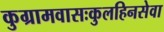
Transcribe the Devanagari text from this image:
कुग्रामवासःकुलहिनसेवा